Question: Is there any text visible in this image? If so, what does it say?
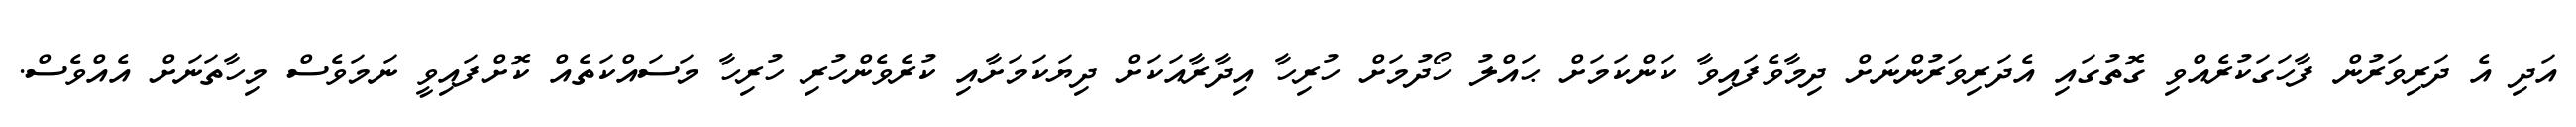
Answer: އަދި އެ ދަރިވަރުން ފާހަގަކުރެއްވި ގޮތުގައި އެދަރިވަރުންނަށް ދިމާވެފައިވާ ކަންކަމަށް ޙައްލު ހޯދުމަށް ހުރިހާ އިދާރާއަކަށް ދިޔަކަމަށާއި ކުރެވެންހުރި ހުރިހާ މަސައްކަތެއް ކޮށްފައިވީ ނަމަވެސް މިހާތަނަށް އެއްވެސް.